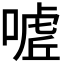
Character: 𭊌